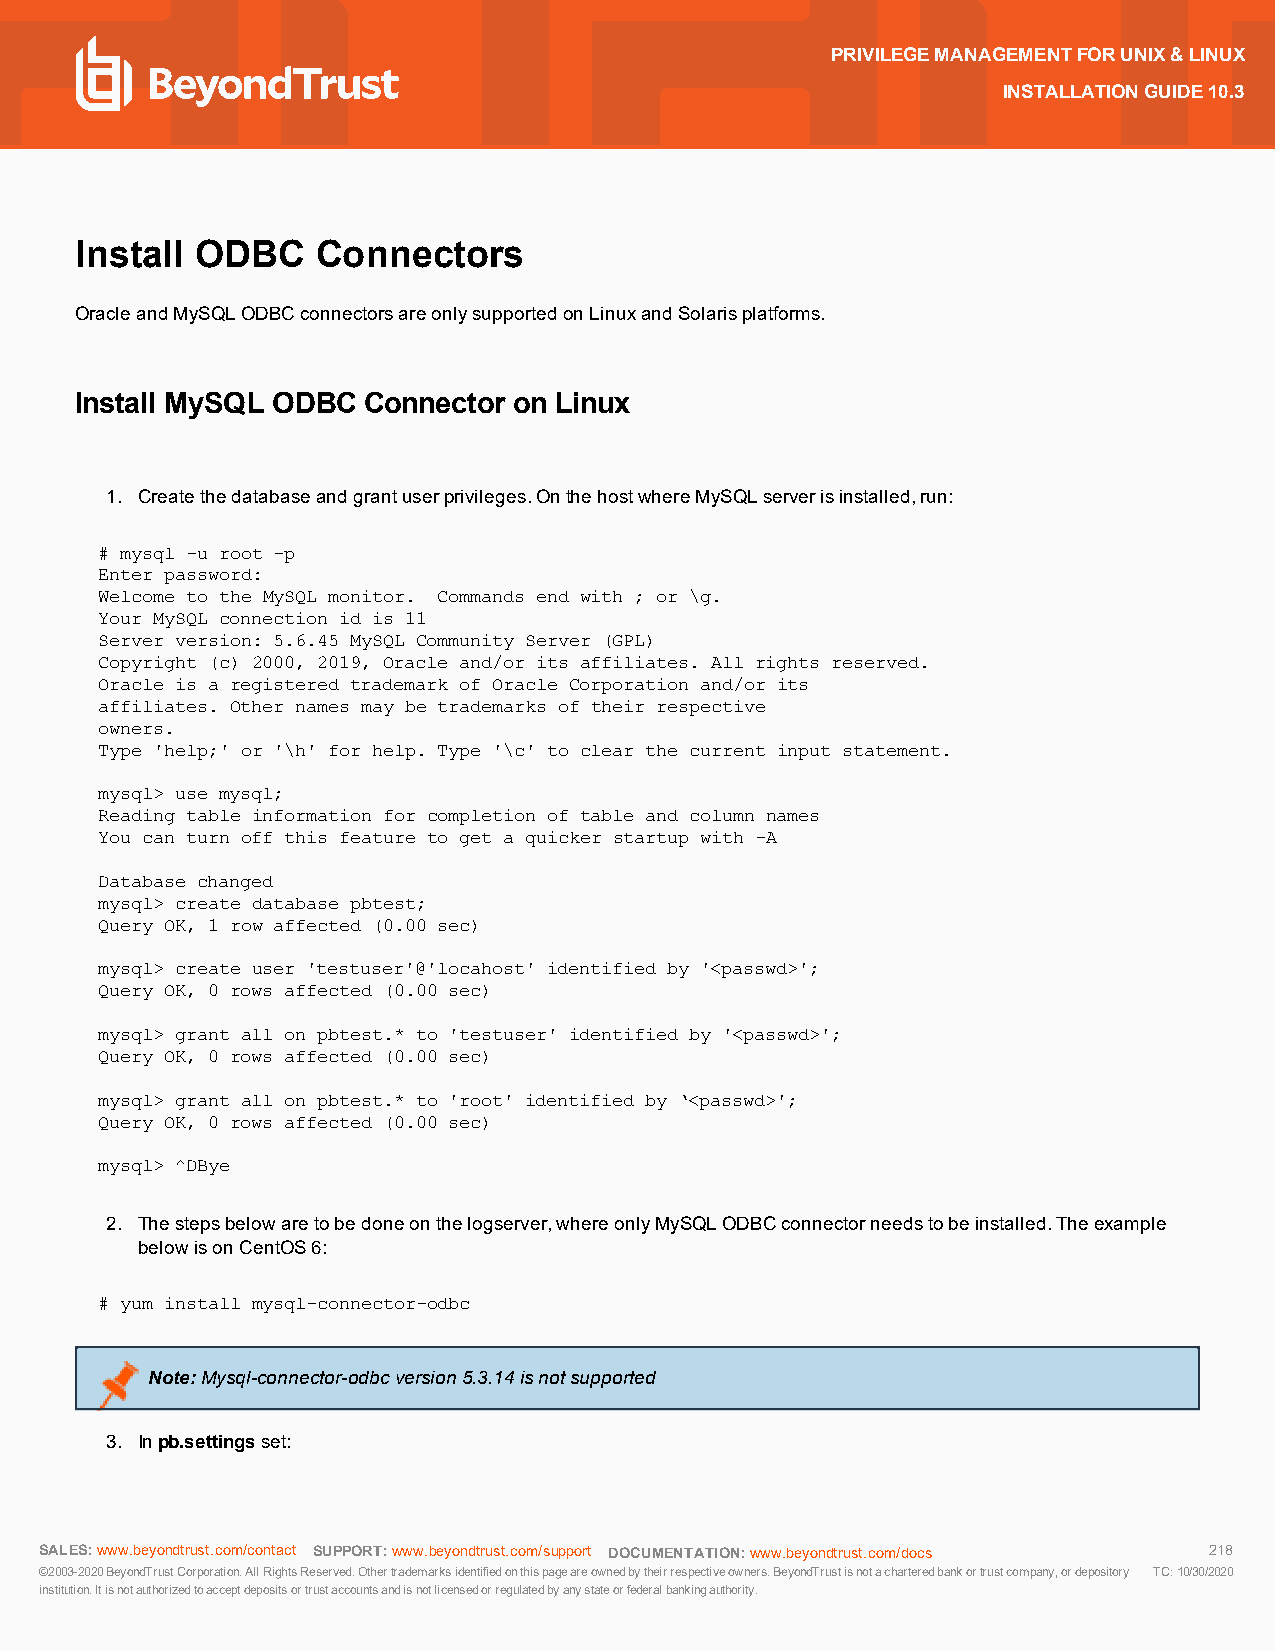
PRIVILEGEMANAGEMENTFORUNIX&LINUX
 INSTALLATIONGUIDE10.3
 Install ODBC    Connectors
 OracleandMySQLODBCconnectorsareonlysupportedonLinuxandSolarisplatforms.
 Install MySQL ODBC Connector on Linux
 1. Createthedatabaseandgrantuserprivileges.OnthehostwhereMySQLserverisinstalled,run:
 # mysql -u root -p
 Enter password:
 Welcome to the MySQL monitor. Commands end with ; or \g.
 Your MySQL connection id is 11
 Server version: 5.6.45 MySQL Community Server (GPL)
 Copyright (c) 2000, 2019, Oracle and/or its affiliates. All rights reserved.
 Oracle is a registered trademark of Oracle Corporation and/or its
 affiliates. Other names may be trademarks of their respective
 owners.
 Type 'help;' or '\h' for help. Type '\c' to clear the current input statement.
 mysql> use mysql;
 Reading table information for completion of table and column names
 You can turn off this feature to get a quicker startup with -A
 Database changed
 mysql> create database pbtest;
 Query OK, 1 row affected (0.00 sec)
 mysql> create user 'testuser'@'locahost' identified by '<passwd>';
 Query OK, 0 rows affected (0.00 sec)
 mysql> grant all on pbtest.* to 'testuser' identified by '<passwd>';
 Query OK, 0 rows affected (0.00 sec)
 mysql> grant all on pbtest.* to 'root' identified by ‘<passwd>';
 Query OK, 0 rows affected (0.00 sec)
 mysql> ^DBye
 2. Thestepsbelowaretobedoneonthelogserver,whereonlyMySQLODBCconnectorneedstobeinstalled.Theexample
 belowisonCentOS6:
 # yum install mysql-connector-odbc
 Note:Mysql-connector-odbcversion5.3.14isnotsupported
 3. Inpb.settingsset:
 SALES:www.beyondtrust.com/contact SUPPORT:www.beyondtrust.com/support DOCUMENTATION:www.beyondtrust.com/docs 218
 ©2003-2020BeyondTrustCorporation.AllRightsReserved.Othertrademarksidentifiedonthispageareownedbytheirrespectiveowners.BeyondTrustisnotacharteredbankortrustcompany,ordepository TC:10/30/2020
 institution.Itisnotauthorizedtoacceptdepositsortrustaccountsandisnotlicensedorregulatedbyanystateorfederalbankingauthority.